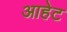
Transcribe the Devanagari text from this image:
आहेट